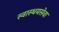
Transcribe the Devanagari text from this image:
स्वास्थयसेवा